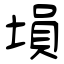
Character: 塤